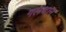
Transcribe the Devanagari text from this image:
गलथान